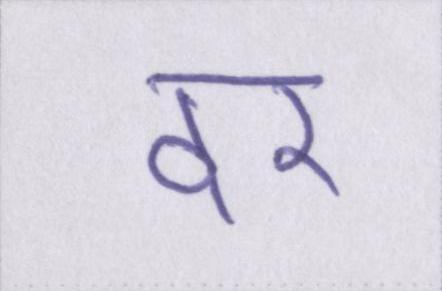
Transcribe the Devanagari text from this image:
दर